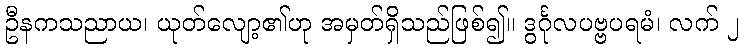
ဦနကသညာယ၊ ယုတ်လျော့၏ဟု အမှတ်ရှိသည်ဖြစ်၍။ ဒွင်္ဂုလပဗ္ဗပရမံ၊ လက် ၂